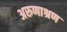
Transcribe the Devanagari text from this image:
अरुणाश्रण